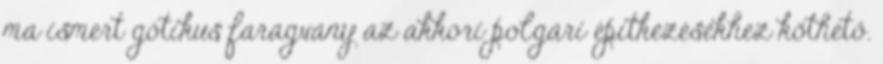
ma ismert gótikus faragvány az akkori polgári építkezésekhez köthető.